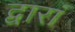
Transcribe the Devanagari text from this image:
द्वारां